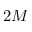
2 M